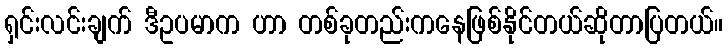
ရှင်းလင်းချက် ဒီဥပမာက ဟာ တစ်ခုတည်းကနေဖြစ်နိုင်တယ်ဆိုတာပြတယ်။